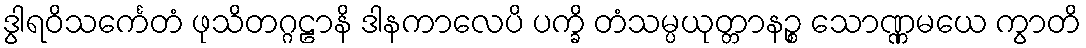
ဒွါရဝိသင်္ကေတံ ဖုသိတဂ္ဂဠာနိ ဒါနကာလေပိ ပက္ခိ တံသမ္ပယုတ္တာနဉ္စ သောဏ္ဏမယေ ကွာတိ